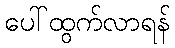
ပေါ်ထွက်လာရန်